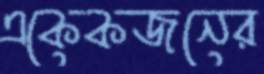
একেকজনের